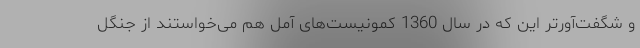
و شگفت‌آورتر این که در سال 1360 کمونیست‌های آمل هم می‌خواستند از جنگل